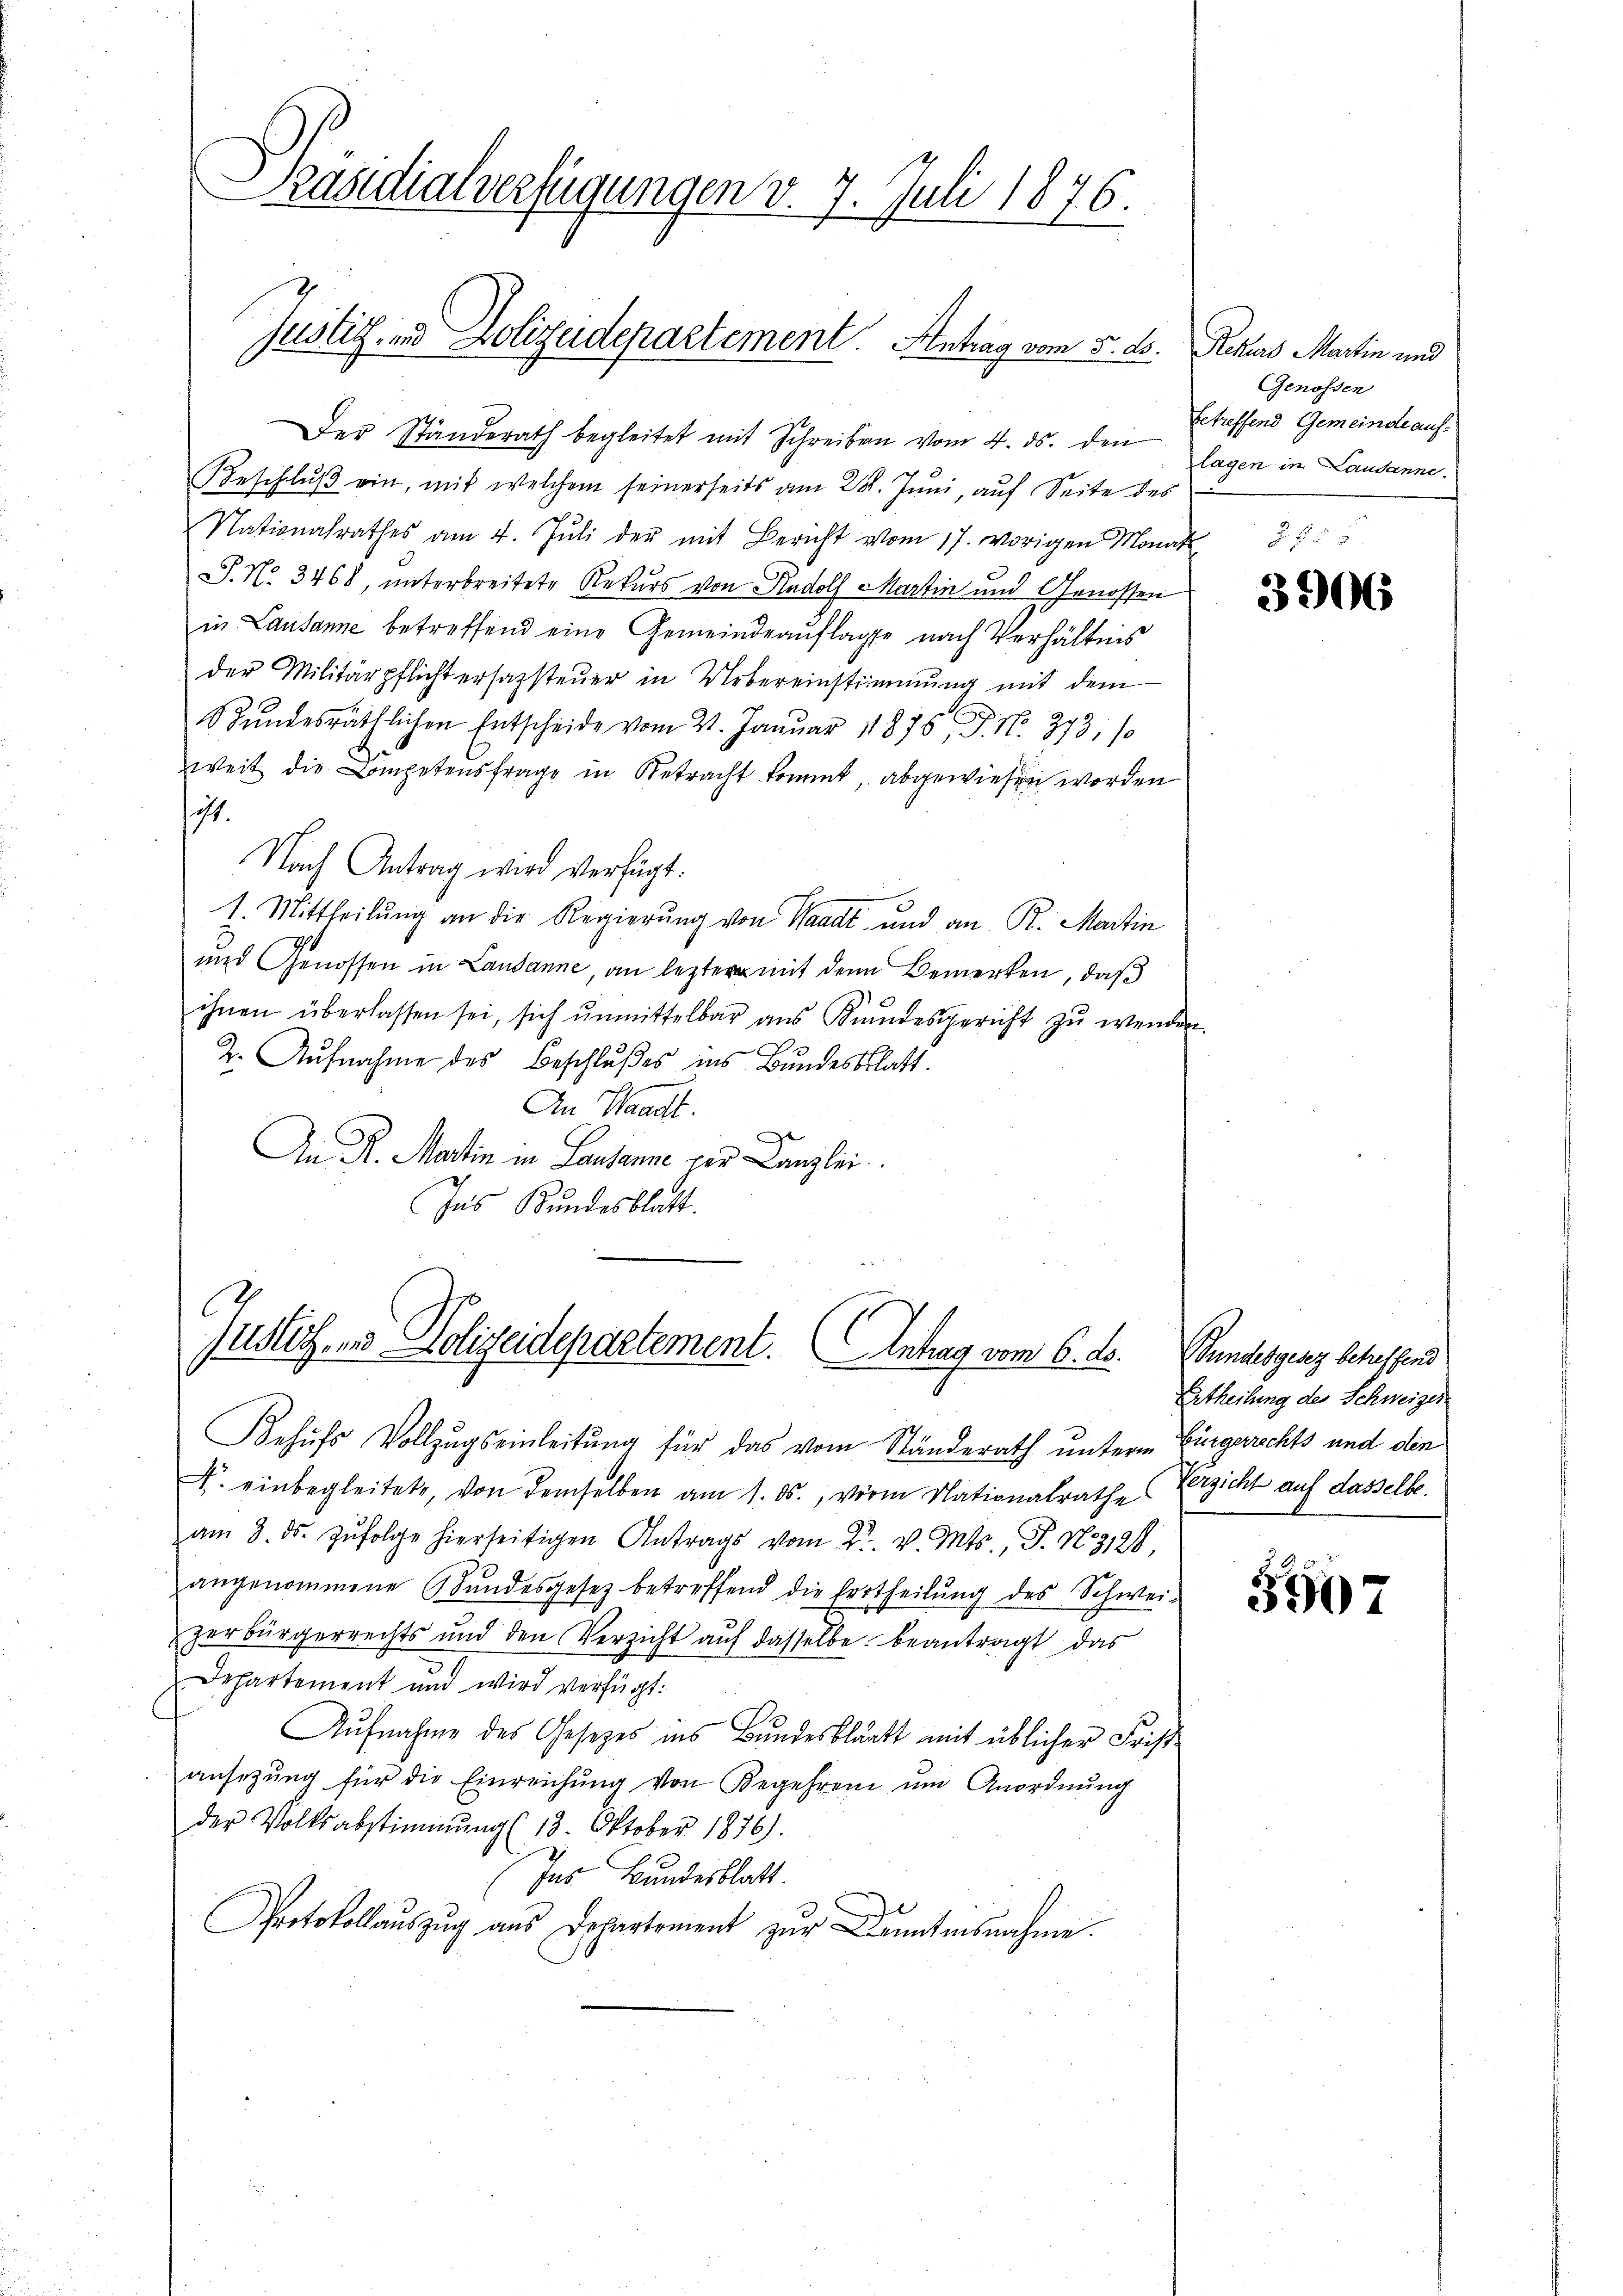
Präsidialverfügungen v. 7. Juli 1876.

Justiz- und Polizeidepartement. Antrag vom 5. ds. Rekurs Martin und

Der Ständerath begleitet mit Schreiben vom 4. ds. den sagen im Lausanne.
Beschlŭβ ein, mit welchem seinerseits am 28. Juni, auf Seite des
Nationalrathes am 4. Jŭli der mit Bericht vom 17. vorigen Monat
. N. 3468, unterbreitete Rekurs von Rudolf Martin und Genossen
in Lausanne betreffend eine Gemeindeaŭflage nach Verhältnis
der Militärpflichtersazsteŭer in Uebereinstimmung mit dem
2
Stŭndesräthlichen Entscheide vom 21. Januar 1876, 9. No. 373, so
weit die Kompetensfrage in Betracht kommt abgewiesen worden
ist.
Nach Antrag wird verfügt:
1. Mittheilung an die Regierung von Waadt und an R. Martin
und Genossen in Lausanne, an leztere mit den Bemerken, daß
ihnen überlassen sei, sich unmittelbar aus Kundesgericht zu wenden.
2. Aufnahme des Beschlußes ins Bundesblatt.
An Waadt.
An R. Martin in Lausanne vor Canzlei
Ins Bundesblatt.

Justich, und Polizeidepartement. Antrag vom 6. ds.

Behufs Vollzugseinleitung für das vom Ständerath unterm Bürgerichts und den
. einbegleitete, von demselben am 1. ds., vorm Nationalrathe
am 3. ds. Zŭfolge hierseitigen Antrags vom 2. v. Mts., J. N. 319/
angenommene Bŭndesgesetz betreffend die Ertheilŭng des Schwei-
zerbürgerrechts und den Verzicht aŭf dasselbe beantragt, das
Departement und wird verfügt:
Aufnahme des Gesetzes ins Bundesblatt mit üblicher Frist
ansezung für die Einreichŭng von Begehren ŭm Anordnŭng
der Volksabstimmung (13. Oktober 1876).
Ins Bundesblatt.
Protokollauszug aus Departement zur Kenntnisnahme.

Genossen
betreffend Gemeinde auf¬

3906

Bundesgesez betreffend
Ertheilung des Schweizer
Verzicht auf dasselbe.

3407